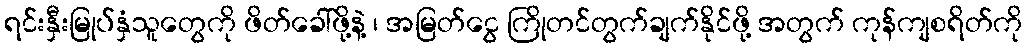
ရင်းနှီးမြုပ်နှံသူတွေကို ဖိတ်ခေါ်ဖို့နဲ့ ၊ အမြတ်ငွေ ကြိုတင်တွက်ချက်နိုင်ဖို့ အတွက် ကုန်ကျစရိတ်ကို